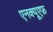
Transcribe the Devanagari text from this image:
एनक्यूएफ़